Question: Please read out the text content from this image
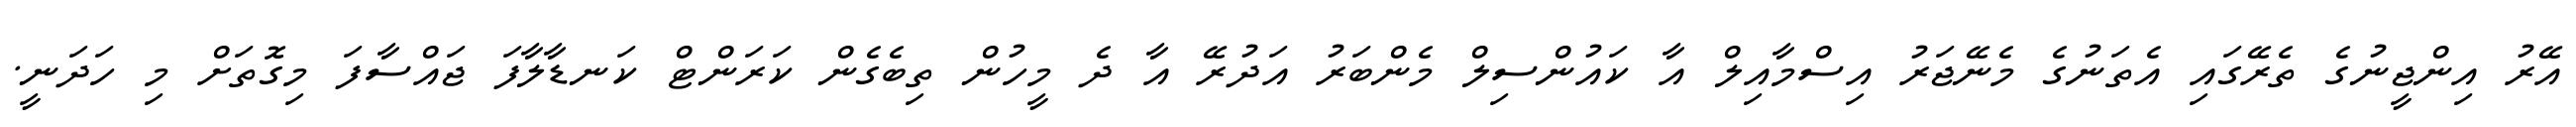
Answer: އޭރު އިންޖީނުގެ ތެރޭގައި އެތަނުގެ މެނޭޖަރު އިސްމާއިލް އާ ކައުންސިލް މެންބަރު އަދުރޭ އާ ދެ މީހުން ތިބެގެން ކަރަންޓް ކަނޑާލާފަ ޖައްސާފަ މިގޮތަށް މި ހަދަނީ.